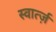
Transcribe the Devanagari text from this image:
स्वार्त्ज़